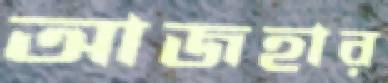
আজহার